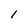
Character: I